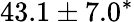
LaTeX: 43.1\pm 7.0^{*}